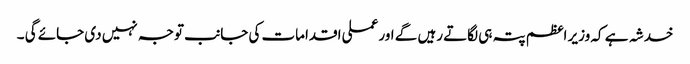
خدشہ ہے کہ وزیر اعظم پتہ ہی لگاتے رہیں گے اور عملی اقدامات کی جانب توجہ نہیں دی جائے گی ۔